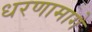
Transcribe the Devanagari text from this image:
धरणामागे